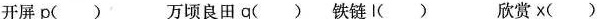
开\underset{·}{屏}p() 万\underset{·}{顷}良田q() 铁\underset{·}{链}l() \underset{·}{欣}赏×()